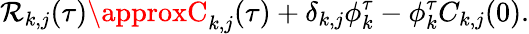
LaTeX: \mathcal{R}_{k,j}(\tau)\approxC_{k,j}(\tau)+\delta_{k,j}\phi_{k}^{\tau}-\phi_{k}^{\tau}C_{k,j}(0).